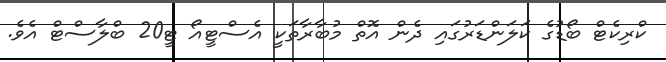
ކްރިކެޓް ބޯޑުގެ ކަލަންޑަރުގައި ދެން އޮތް މުބާރާތަކީ އެސްޓީއޯ ޓީ20 ބްލާސްޓް އެވެ.